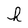
Character: h